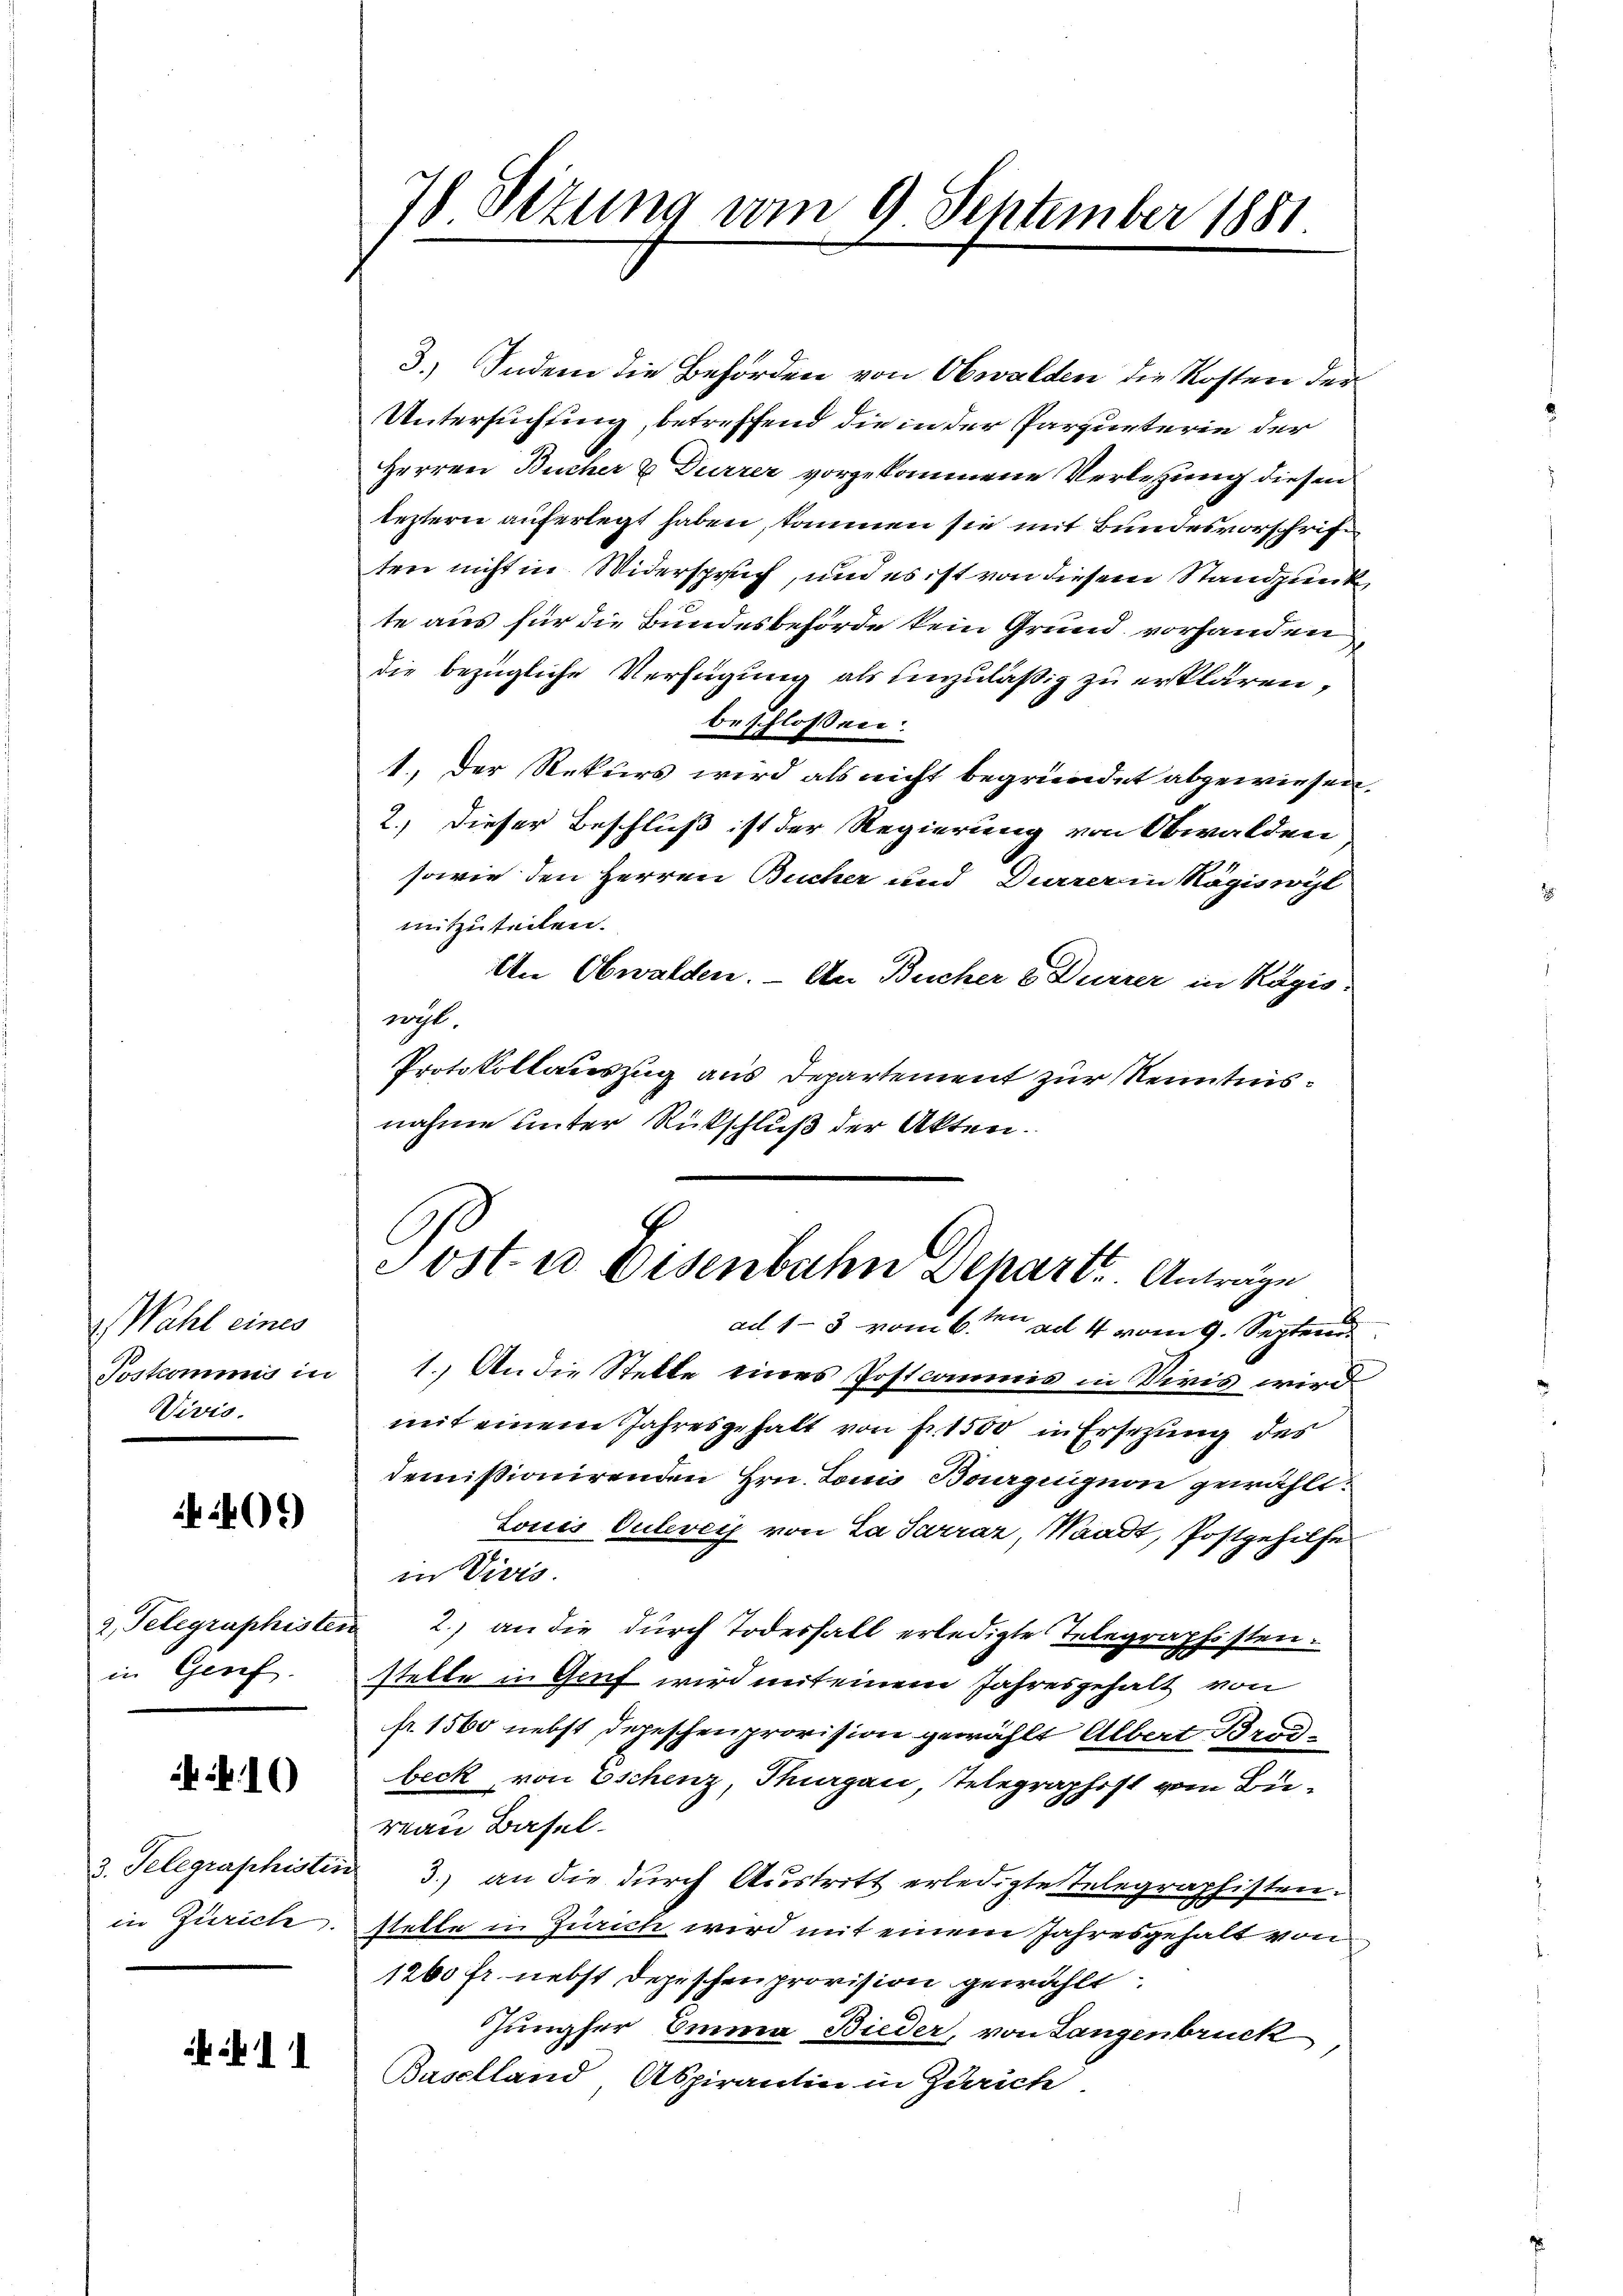
Wahl eines
Poskommis in
Vivis.

401)

2. Telegraphister
in Geref

.1)

3. Telegraphister
in Zürich.

78 Sizung vom 9 September 1881

3.) Indem die Behörden von Obwalden die Kosten der
Untersuchung, betreffend die in der Parqueterie der
Herren Bücher & Durrer vorgekommene Verletzung diesen
leztern auferlegt haben, kommen sie mit Bundesvorschrift
ten nicht in Widerspruch, und es ist von diesem Standpunk
te aus für die Bundesbehörde kein Grund vorhanden
die bezügliche Verfügung als Einzuläßig zu erklären,
beschlossen:
1.) Der Rekurs wird als nicht begründet abgewiesen.
2.) Dieser Beschluß ist der Regierung von Obwalden
sowie den Herren Bucher und Dürrer in Rägiswyl
mitzuteilen.
An Obwalden. – An Bucher & Durrer in Ragio.
nicht
Protokollauszug aus Departement zur Kenntnisnahme unter Rückschluß der Akten.
Post- u Eisenbahn Depart. Anträge
ad 1-3 vom 6ten ad 4 vom 9. Septem
1.) An die Stelle eines Postcommis in Divis wird
mit einem Jahresgehalt von Fr. 1500 in Ersetzung des
demissionirenden Hrn. Louis Baarguignon gewählt.
Louis Ouleveis von La Sarraz, Waadt, Postgehilfe
in Viers.
2.) an die durch Todesfall erledigte Telegraphisten.
stelle in Genf wird mit einem Jahresgehalt von
fr. 1500 nebst Depeschenprovision gewählt Albert Brodbeck von Eschenz, Thurgau, Telegraphoft vom Büvan Basel.
3.) an die durch Austritt erledigte Telegraphisten.
stelle in Zürich wird mit einem Jahresgehalt von
1260 fr. nebst Depeschen provision gewählt.
Jungfer Emma Bieder, von Langenbruck
Baselland Aspirantin in Zürich